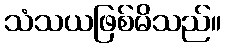
သံသယဖြစ်မိသည်။